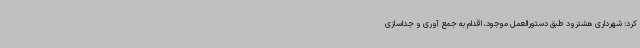
کرد: شهرداری هشترود طبق دستورالعمل موجود، اقدام به جمع آوری و جداسازی